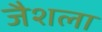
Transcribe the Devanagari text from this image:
जैशला